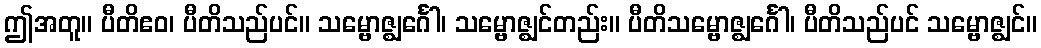
ဤအတူ။ ပီတိဧဝ၊ ပီတိသည်ပင်။ သမ္ဗောဇ္ဈင်္ဂေါ၊ သမ္ဗောဇ္ဈင်တည်း။ ပီတိသမ္ဗောဇ္ဈင်္ဂေါ၊ ပီတိသည်ပင် သမ္ဗောဇ္ဈင်။